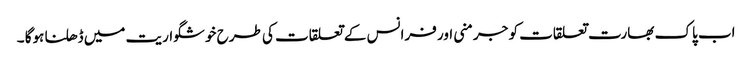
اب پاک بھارت تعلقات کو جرمنی اور فرانس کے تعلقات کی طرح خوشگواریت میں ڈھلنا ہوگا ۔